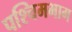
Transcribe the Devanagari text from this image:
पश्‍चिमभाग